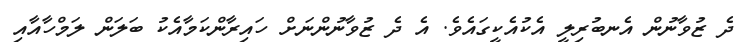
ދެ ޒުވާނުން އެނބުރިލީ އެކުއެކީގައެވެ. އެ ދެ ޒުވާނުންނަށް ހައިރާންކަމާއެކު ބަލަން ލަމްހާއާއި